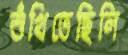
শুঁখিতেছিলি